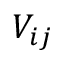
V _ { i j }